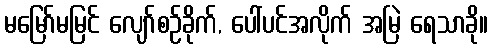
မမြော်မမြင် လျော်စဉ်ခိုက်, ပေါ်ပင်အလိုက် အမြဲ ရေသာခို။